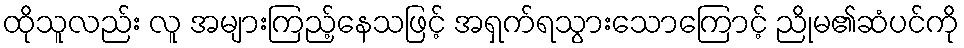
ထိုသူလည်း လူ အများကြည့်နေသဖြင့် အရှက်ရသွားသောကြောင့် ညိုမ၏ဆံပင်ကို